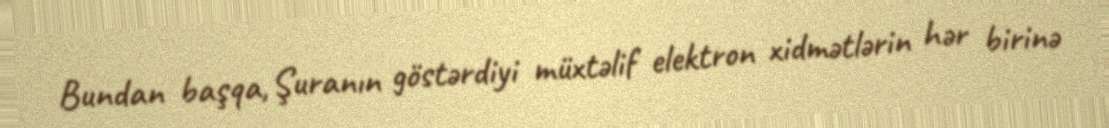
Bundan başqa, Şuranın göstərdiyi müxtəlif elektron xidmətlərin hər birinə